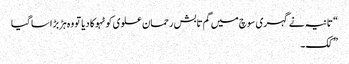
“ تانیہ نے گہری سوچ میں گم تابش رحمان علوی کو ٹہوکا دیا تو وہ ہڑبڑا سا گیا
” کک ۔